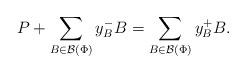
LaTeX: \begin{align*} P+\sum_{B\in \mathcal B(\Phi)}y^-_BB= \sum_{B\in \mathcal B(\Phi)}y^+_BB. \end{align*}